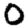
Digit: 0